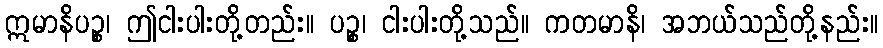
ဣမာနိပဉ္စ၊ ဤငါးပါးတို့တည်း။ ပဉ္စ၊ ငါးပါးတို့သည်။ ကတမာနိ၊ အဘယ်သည်တို့နည်း။